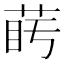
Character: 𦲰